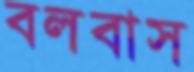
বলবাস